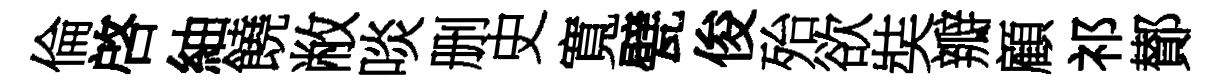
倫啓紬饒敝啖删史寬甓俊殆欲奘瓣顧祁鄼